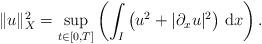
LaTeX: \begin{align*}\|u\|^2_{X} = \sup_{t \in [0,T]}\left(\int_I\left(u^2 + |\partial_x u|^2\right)\,{\rm d}x\right).\end{align*}